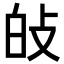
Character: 𤽐